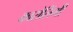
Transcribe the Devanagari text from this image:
कारोलिंगी